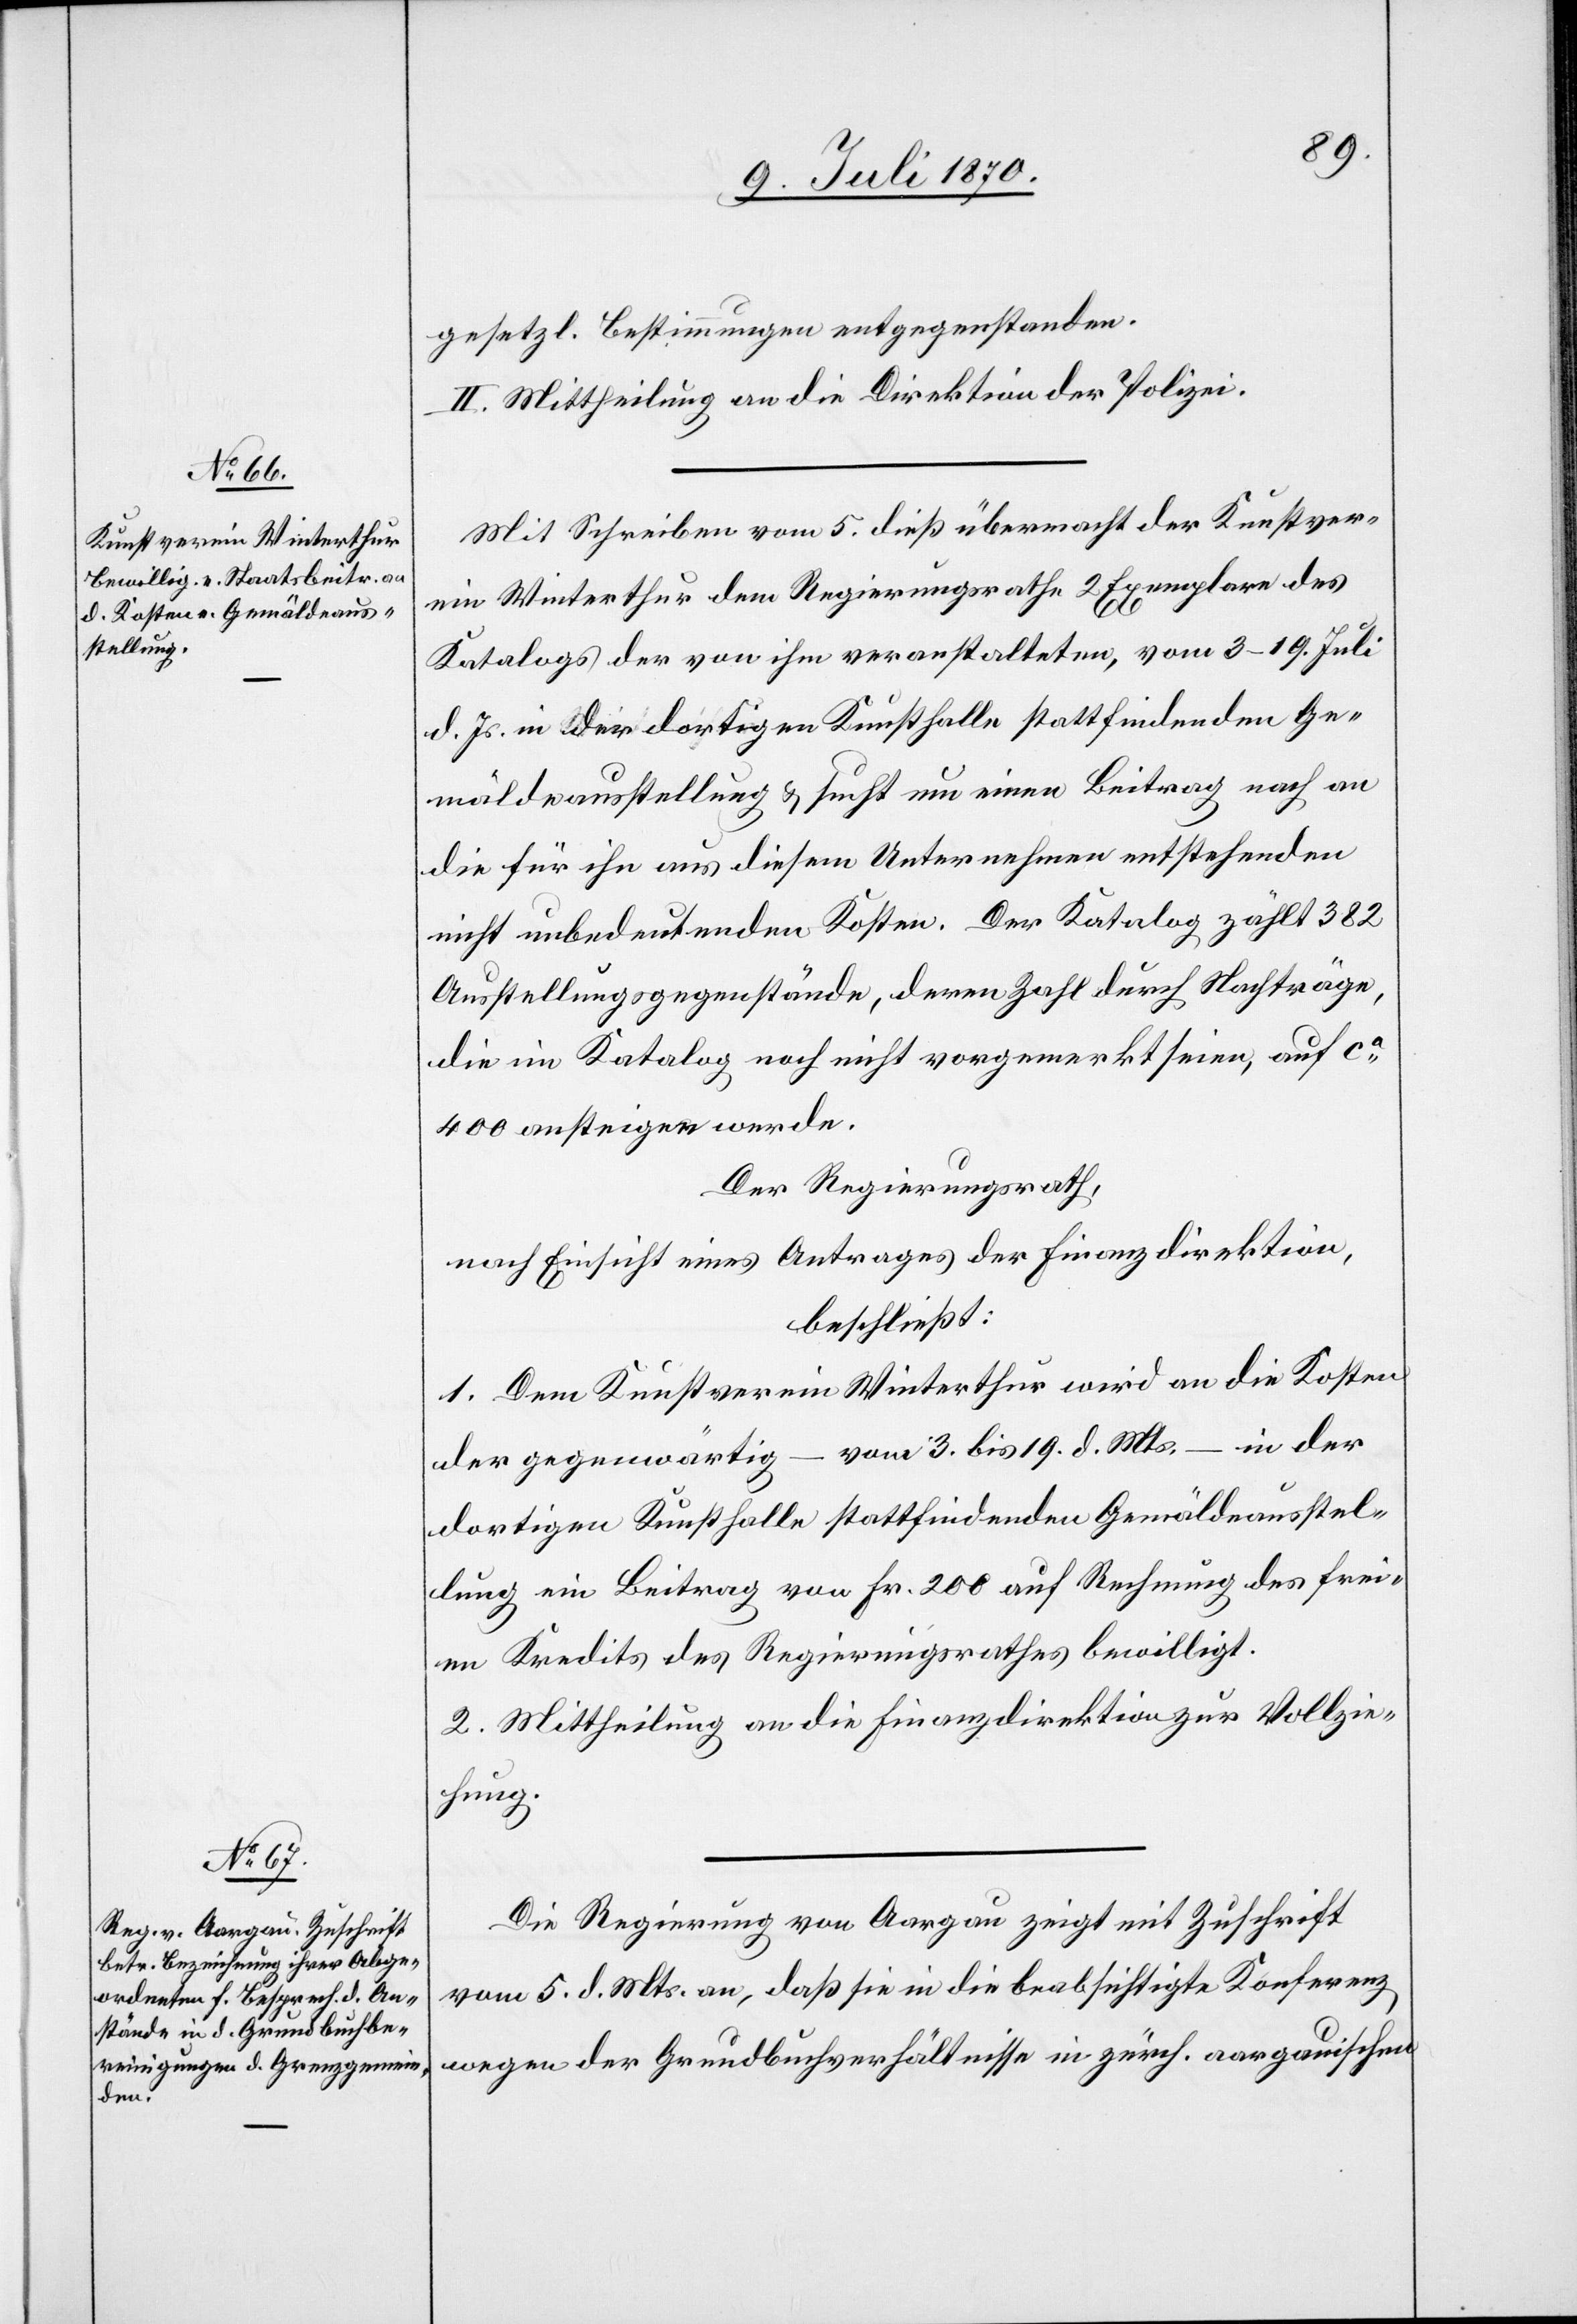
gesetzl. Bestimmungen entgegenstanden.
II. Mittheilung an die Direktion der Polizei.
Mit Schreiben vom 5. dieß übermacht der Kunstver¬
ein Winterthur dem Regierungsrathe 2 Exemplare des
Katalogs der von ihm veranstalteten, vom 3.–19. Juni
d. Js. in der dortigen Kunsthalle stattfindenden Ge¬
mäldeausstellung & sucht um einen Beitrag nach an
die für ihn aus diesem Unternehmen entstehenden
nicht unbedeutenden Kosten. Der Katalog zählt 382
Ausstellungsgegenstände, deren Zahl durch Nachträge,
die im Katalog noch nicht vorgemerkt seien, auf ca
400 ansteigen werde.
Der Regierungsrath,
nach Einsicht eines Antrages der Finanzdirektion,
beschließt:
1. Dem Kunstverein Winterthur wird an die Kosten
der gegenwärtig – vom 3. bis 19. d. Mts. – in der
dortigen Kunsthalle stattfindenden Gemäldeausstel¬
lung ein Beitrag von Fr. 200 auf Rechnung des frei¬
en Kredites des Regierungsrathes bewilligt.
2. Mittheilung an die Finanzdirektion zur Vollzie¬
hung.
Die Regierung von Aargau zeigt mit Zuschrift
vom 5. d. Mts. an, daß sie in die beabsichtigte Konferenz
wegen der Grundbuchsverhältnisse in zürich. aargauischen